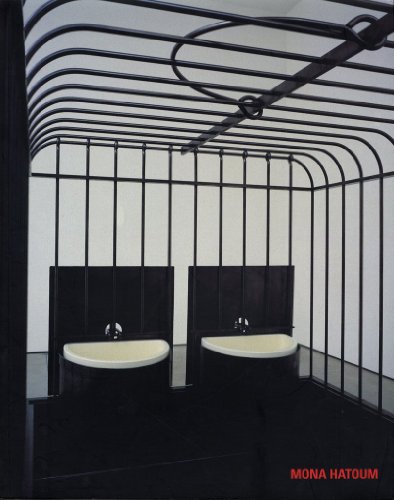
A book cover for Mona Hatoum; Cristina Zelich; Arts & Photography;